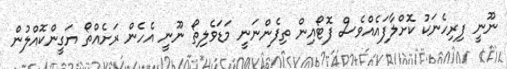
ނޫނީ ފިރިހެނަކު ކޮށްލާފައެއްވެސް ފޮޓޯއިން ތިފެންނަނީ މަޑަވެލިތޯ ނޫނީ އެހެން ރަށެއްތޯ ޔަގީންކޮއްލުން